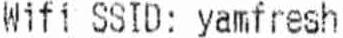
WIFI SSID : YAMFRESH